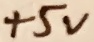
Text: +5V